Reports on dispensaries and lunatic asylums in the Province of Oudh - 1869-1876
Year: 1869
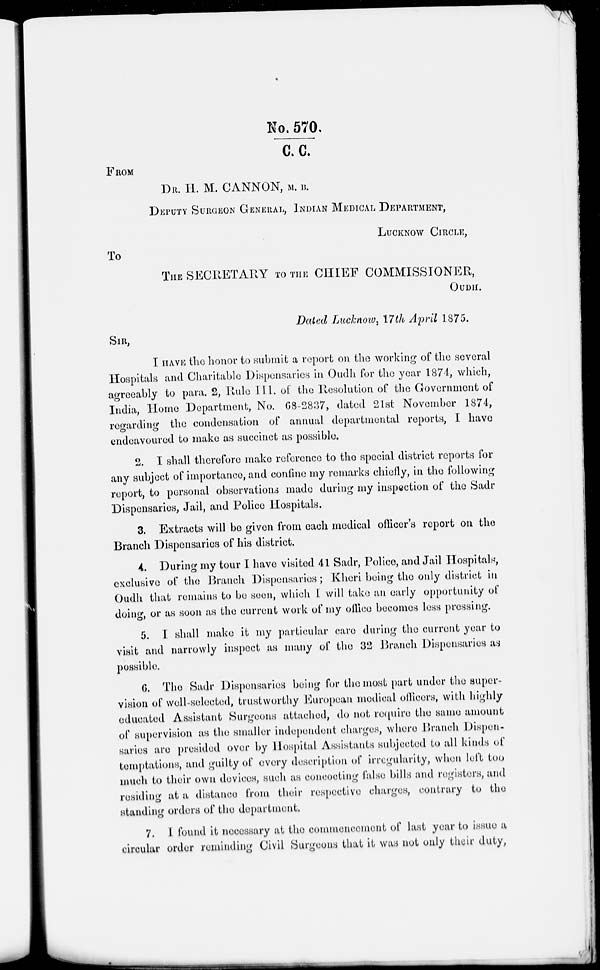
No. 570/C.C.
FROM
DR. H. M. CANNON, M. B.
DEPUTY SURGEON GENERAL, INDIAN MEDICAL DEPARTMENT,
LUCKNOW CIRCLE,
To
THE SECRETARY TO THE CHIEF COMMISSIONER,
OUDH.
Dated Lucknow 17th April 1875.
SIR,
I HAVE the honor to submit a report on the working of the several
Hospitals and Charitable Dispensaries in Oudh for the year 1874, which,
agreeably to para. 2, Rule III, of the Resolution of the Government of
India, Home Department, No. 68-2837, dated 21st November 1874,
regarding the condensation of annual departmental reports, I have
endeavoured to make as succinct as possible.
2. I shall therefore make reference to the special district reports for
any subject of importance, and confine my remarks chiefly, in the following
report, to personal observations made during my inspection of the Sadr
Dispensaries, Jail, and Police Hospitals.
3. Extracts will be given from each medical officer's report on the
Branch Dispensaries of his district.
4. During my tour I have visited 41 Sadr, Police, and Jail Hospitals,
exclusive of the Branch Dispensaries; Kheri being the only district in
Oudh that remains to be seen, which I will take an early opportunity of
doing, or as soon as the current work of my office becomes less pressing.
5. I shall make it my particular care during the current year to
visit and narrowly inspect as many of the 32 Branch Dispensaries as
possible.
6. The Sadr Dispensaries being for the most part under the super-
vision of well-selected, trustworthy European medical officers, with highly
educated Assistant Surgeons attached, do not require the same amount
of supervision as the smaller independent charges, where Branch Dispen-
saries are presided over by Hospital Assistants subjected to all kinds of
temptations, and guilty of every description of irregularity, when left too
much to their own devices, such as concocting false bills and registers, and
residing at a distance from their respective charges, contrary to the
standing orders of the department.
7. I found it necessary at the commencement of last year to issue a
circular order reminding Civil Surgeons that it was not only their duty,